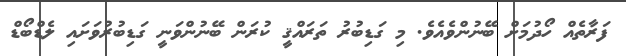
ފަރާތެއް ހޯދުމަށް ބޭނުންވެއެވެ. މި ގަޑިބުރު ތަރައްޤީ ކުރަން ބޭނުންވަނީ ގަޑިބުރުވަށައި ލެޑްބޯޑް